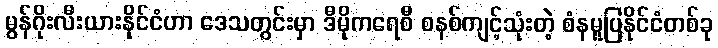
မွန်ဂိုးလီးယားနိုင်ငံဟာ ဒေသတွင်းမှာ ဒီမိုကရေစီ စနစ်ကျင့်သုံးတဲ့ စံနမူပြနိုင်ငံတစ်ခု